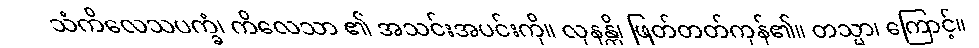
သံကိလေသပက္ခံ၊ ကိလေသာ ၏ အသင်းအပင်းကို။ လုနန္တိ၊ ဖြတ်တတ်ကုန်၏။ တသ္မာ၊ ကြောင့်။